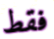
فقط